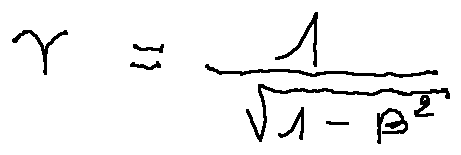
\gamma = \frac { 1 } { \sqrt { 1 - \beta ^ { 2 } } }